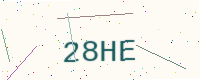
Text: 28HE